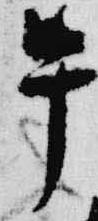
午